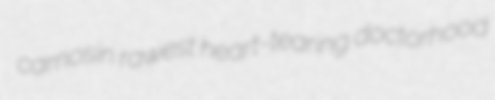
carnosin rawest heart-tearing doctorhood